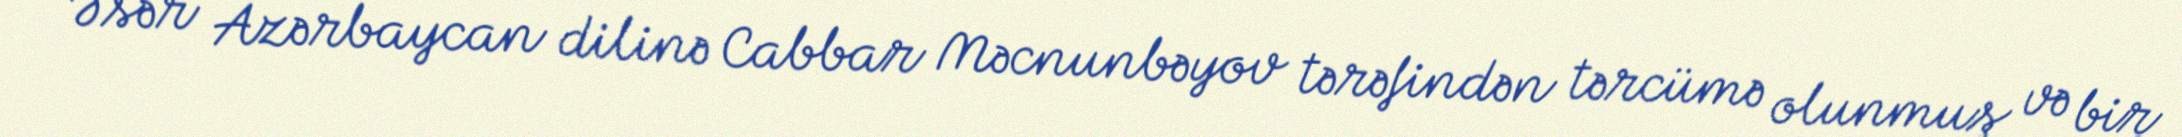
Əsər Azərbaycan dilinə Cabbar Məcnunbəyov tərəfindən tərcümə olunmuş və bir